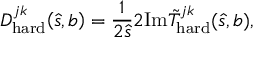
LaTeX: D _ { \mathrm { h a r d } } ^ { j k } \! \left( \hat { s } , b \right) = \frac { 1 } { 2 \hat { s } } 2 \mathrm { I m } \tilde { T } _ { \mathrm { h a r d } } ^ { j k } ( \hat { s } , b ) ,